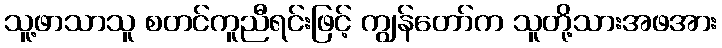
သူ့ဖာသာသူ စတင်ကူညီရင်းဖြင့် ကျွန်တော်က သူတို့သားအဖအား